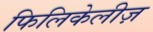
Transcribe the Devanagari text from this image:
फिलिकेलीज़